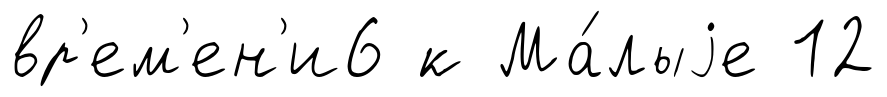
вр'ем'ен'и6 к Ма́лыjе 12